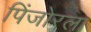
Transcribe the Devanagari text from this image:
पिंजोरला